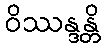
ဝိဿန္ဒန္တိ